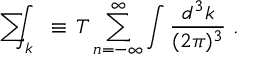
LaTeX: \mathrm { ~ \sum ~ } \! \! \! \! \! \! \! \int _ { k } ~ \equiv \, T \sum _ { n = - \infty } ^ { \infty } \int { \frac { d ^ { 3 } k } { ( 2 \pi ) ^ { 3 } } } ~ .